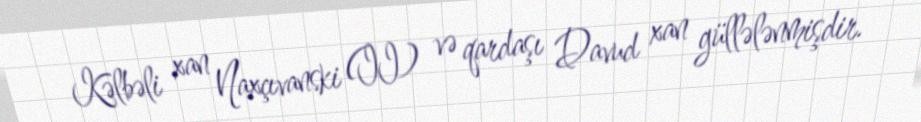
Kəlbəli xan Naxçıvanski (II) və qardaşı Davud xan güllələnmişdir.